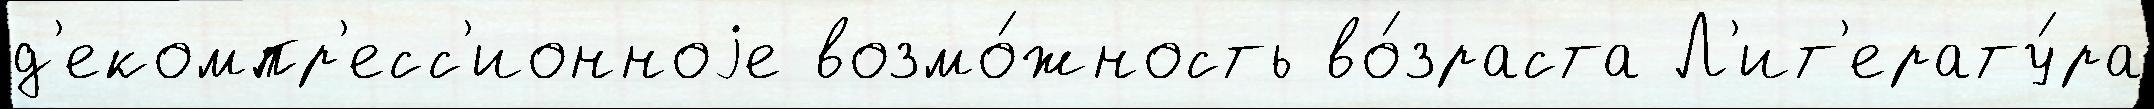
д'екомпр'есс'ионноjе возмо́жность во́зраста Л'ит'ерату́ра